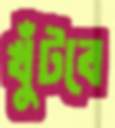
খুঁটবে